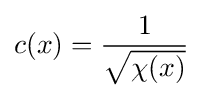
c(x)={\frac {1}{\sqrt {\chi (x)}}}